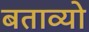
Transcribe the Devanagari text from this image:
बताव्यो